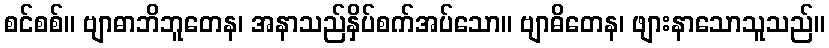
စင်စစ်။ ဗျာဓာဘိဘူတေန၊ အနာသည်နှိပ်စက်အပ်သော။ ဗျာဓိတေန၊ ဖျားနာသောသူသည်။